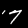
Label: 7